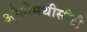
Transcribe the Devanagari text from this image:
औतोमथीसीटी